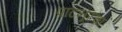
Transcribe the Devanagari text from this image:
पाटनूरचा